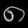
Digit: ၈